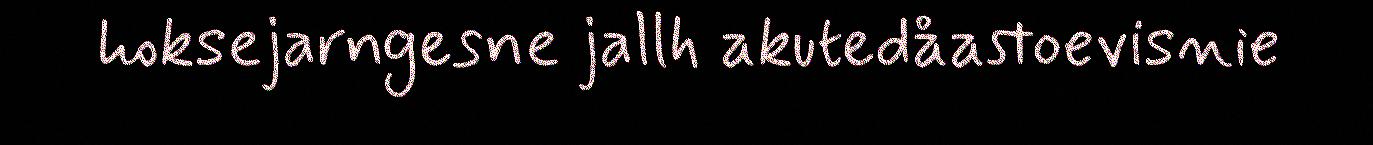
hoksejarngesne jallh akutedåastoevisnie